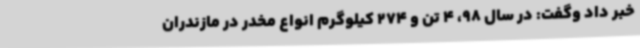
خبر داد وگفت: در سال 98، 4 تن و 274 کیلوگرم انواع مخدر در مازندران